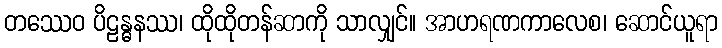
တဿေဝ ပိဠန္ဓနဿ၊ ထိုထိုတန်ဆာကို သာလျှင်။ အာဟရဏကာလေစ၊ ဆောင်ယူရာ